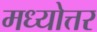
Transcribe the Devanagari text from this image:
मध्योत्तर